Madras plague regulations and rules - Volume 2
Disease focus: Plague
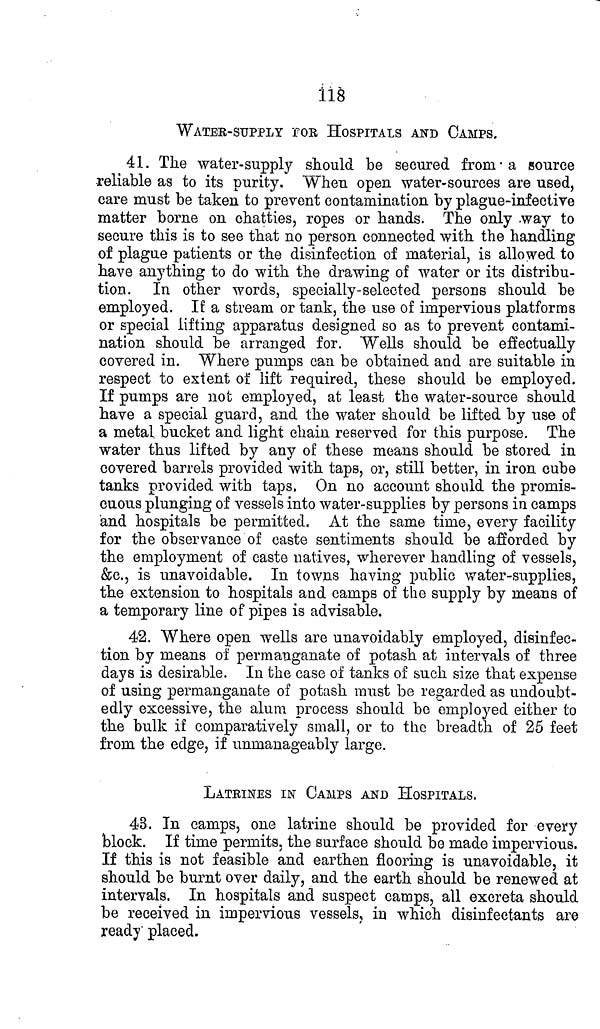
118
WATER-SUPPLY fOR HOSPITALS AND CAMPS,
41. The water-supply should be secured from a source
-reliable as to its purity. When open water-sources are used,
care must be taken to prevent contamination by plague-infective
matter borne on chatties, ropes or hands. The only way to
secure this is to see that no person connected with the handling
of plague patients or the disinfection of material, is allowed to
have anything to do with the drawing of water or its distribu-
tion. In other words, specially-selected persons should be
employed. If a stream or tank, the use of impervious platforms
or special lifting apparatus designed so as to prevent contami-
nation should be arranged for. Wells should be effectually
covered in. Where pumps can be obtained and are suitable in
respect to extent of lift required, these should be employed.
If pumps are not employed, at least the water-source should
have a special guard, and the water should be lifted by use of
a metal bucket and light chain reserved for this purpose. The
water thus lifted by any of these means should be stored in
covered barrels provided with taps, or, still better, in iron cube
tanks provided with taps, On no account should the promis-
cuous plunging of vessels into water-supplies by persons in camps
and hospitals be permitted. At the same time, every facility
for the observance of caste sentiments should be afforded by
the employment of caste natives, wherever handling of vessels,
&c., is unavoidable. In towns having public water-supplies,
the extension to hospitals and camps of the supply by means of
a temporary line of pipes is advisable.
42. Where open wells are unavoidably employed, disinfec-
tion by means of permanganate of potash at intervals of three
days is desirable. In the case of tanks of such size that expense
of using permanganate of potash must be regarded as undoubt-
edly excessive, the alum process should be employed either to
the bulk if comparatively small, or to the breadth of 25 feet
from the edge, if unmanageably large.
LATRINES IN CAMPS AND HOSPITALS.
43. In camps, one latrine should be provided for every
block. If time permits, the surface should be made impervious,
If this is not feasible and earthen flooring is unavoidable, it
should be burnt over daily, and the earth should be renewed at
intervals. In hospitals and suspect camps, all excreta should
be received in impervious vessels, in which disinfectants are
ready" placed.